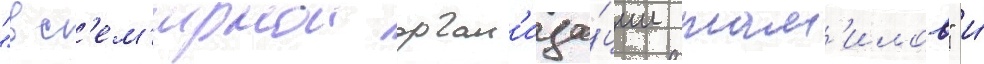
"вс'ем'ирнои орган'иза́ции там'илов" и́